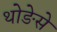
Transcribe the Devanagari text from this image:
थोङेसे